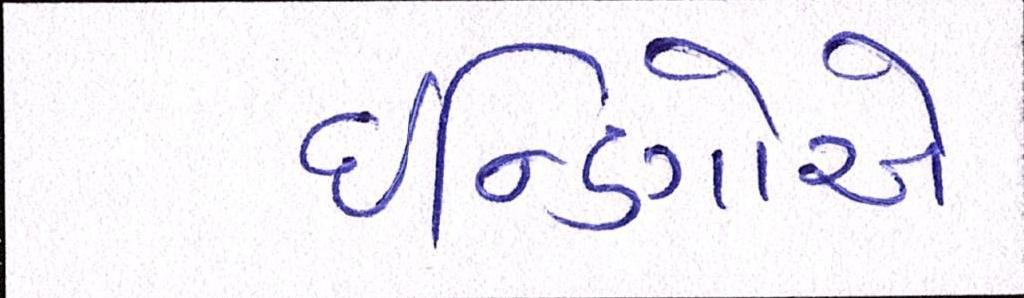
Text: ઇન્ડિગોએ